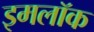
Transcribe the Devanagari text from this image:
इमलॉक